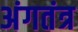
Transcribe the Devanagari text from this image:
अंगतंत्र